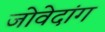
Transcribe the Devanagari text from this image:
जोवेदांग